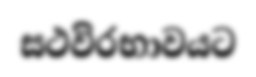
සථවිරභාවයට